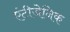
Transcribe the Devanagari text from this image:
एंटीजेनिक